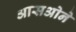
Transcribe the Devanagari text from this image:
आसओने